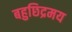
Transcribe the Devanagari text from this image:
बहुछिद्रमय